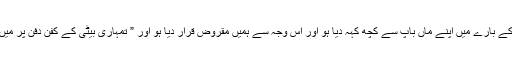
”شاید علی خان نے میری ماں کی موت کے اخراجات کے بارے میں اپنے ماں باپ سے کچھ کہہ دیا ہو اور اس وجہ سے ہمیں مقروض قرار دیا ہو اور ” تمہاری بیٹی کے کفن دفن پر میں نے خرچ کیا “ کہہ کرانہیں اپنااحسان مند کہہ دیا ہو “۔